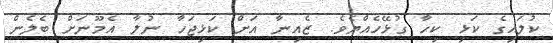
ކުލައިގެ ކަޅި ކިހާ ގުޅޭހެއްޔެވެ. ޒެއިނާ އަށް ކަޅިޖަހާ ނުލާ އެމޫނަށް ބެލެން